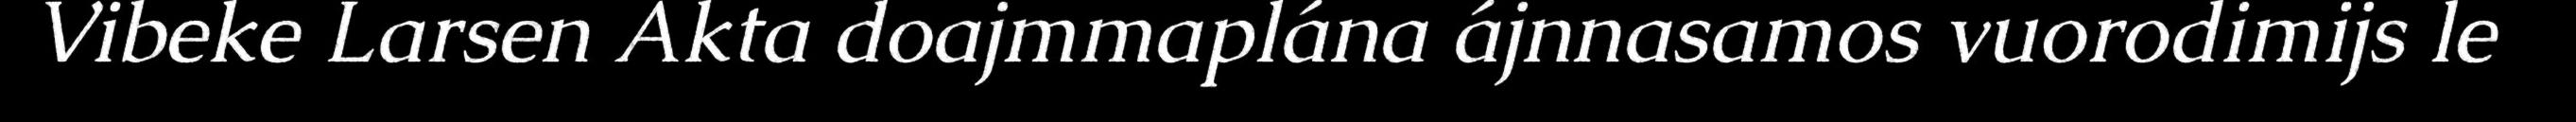
Vibeke Larsen Akta doajmmaplána ájnnasamos vuorodimijs le